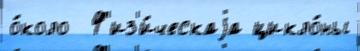
о́коло  Ф'из'и́ческаjа цикло́ны